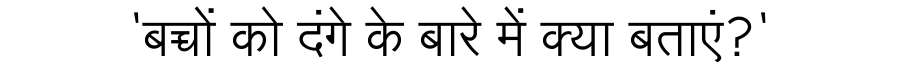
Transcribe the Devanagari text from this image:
'बच्चों को दंगे के बारे में क्या बताएं?'